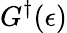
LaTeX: G^{\dagger}(\epsilon)